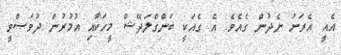
އެއީ އެރަށު ނެދުން ގެއެވެ. އެ ގެއަކީ ބަންގްލަދޭޝް މީހަކާއި އުމުރުން ދުވަސްވީ